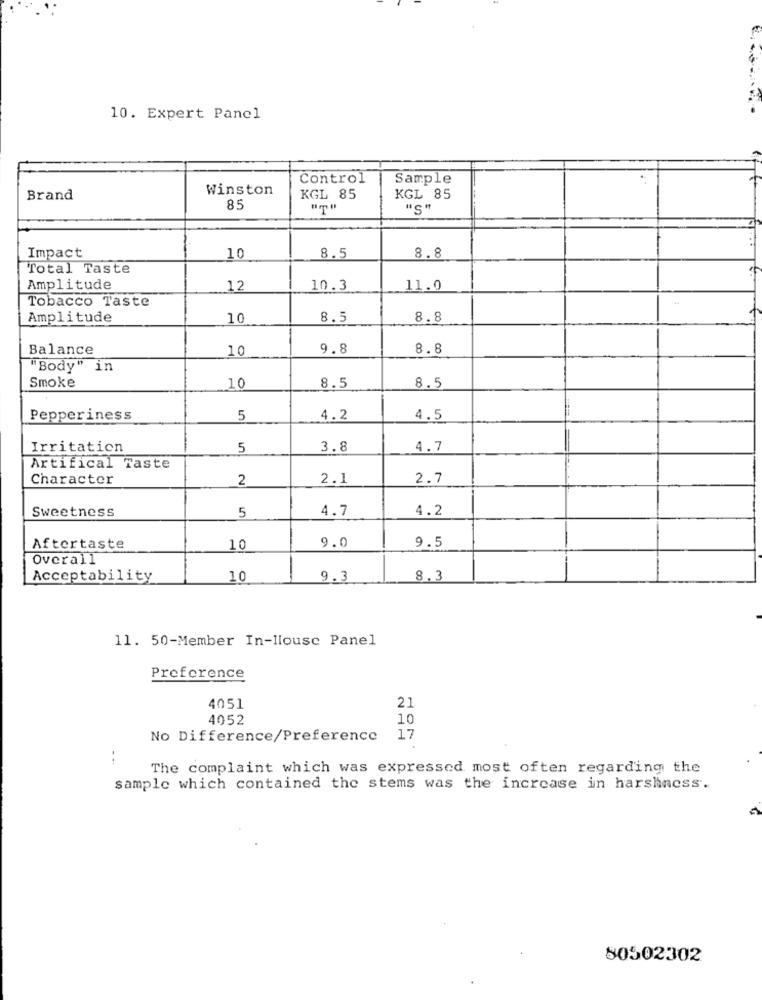
10. Expert Panel
Control
Sample
Winston
Brand
KGL 85
KGL 85
85
"T"
"S"
Impact
8.5
10
8.8
Total Taste
Amplitude
12
10.3
11.0
Tobacco Taste
Amplitude
10
8.5
8.8
Balance
10
9.8
8.8
"Body" in
Smoke
10
8.5
8.5
Pepperiness
5
4.2
4.5
Irritation
5
3.8
4.7
Artifical Taste
Character
2
2.1
2.7
Sweetness
5
4.7
4.2
Aftertaste
10
9.0
9.5
Overall
Acceptability
10
9.3
8.3
11. 50-Member In-llousc Panel
Preference
4051
21
4052
10
No Difference/Preference
17
..
The complaint which was expressed most often regarding the
sample which contained the stems was the increase in harshness.
80502302